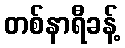
တစ်နာရီခန့်